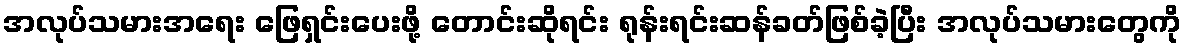
အလုပ်သမားအရေး ဖြေရှင်းပေးဖို့ တောင်းဆိုရင်း ရုန်းရင်းဆန်ခတ်ဖြစ်ခဲ့ပြီး အလုပ်သမားတွေကို